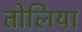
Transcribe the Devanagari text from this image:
तोलिया